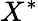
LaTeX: X^{\ast}